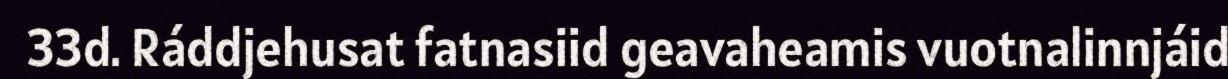
33d. Ráddjehusat fatnasiid geavaheamis vuotnalinnjáid